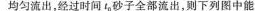
均匀流出，经过时间t_{0}砂子全部流出，则下列图中能